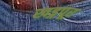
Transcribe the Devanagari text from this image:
खड्गपूर